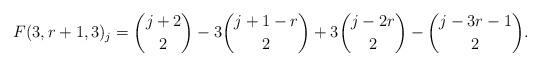
LaTeX: \begin{align*}F(3,r+1,3)_j=\binom{j+2}{2}-3\binom{j+1-r}{2}+3\binom{j-2r}{2}-\binom{j-3r-1}{2}.\end{align*}